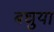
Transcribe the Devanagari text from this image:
बघुया